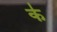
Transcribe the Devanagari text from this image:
क॑